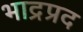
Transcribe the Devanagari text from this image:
भाद्रप्रद